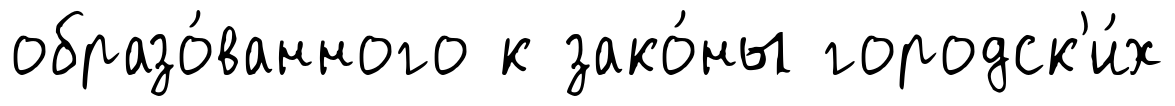
образо́ванного к зако́ны городск'и́х